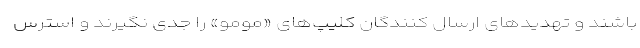
باشند و تھدیدهای ارسال کنندگان کلیپ‌ھای «مومو» را جدی نگیرند و استرس